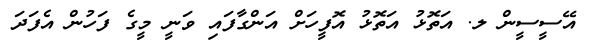
އޭސީސީން ލ. އަތޮޅު އަތޮޅު އޮފީހަށް އަންގާފައި ވަނީ މީގެ ފަހުން އެފަދަ